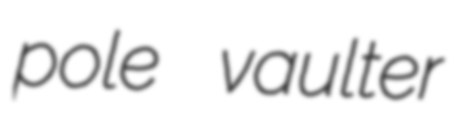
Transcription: pole vaulter